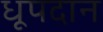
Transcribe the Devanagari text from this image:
धूपदान